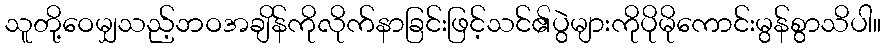
သူတို့ဝေမျှသည့်ဘဝအချိန်ကိုလိုက်နာခြင်းဖြင့်သင်၏ပွဲများကိုပိုမိုကောင်းမွန်စွာသိပါ။